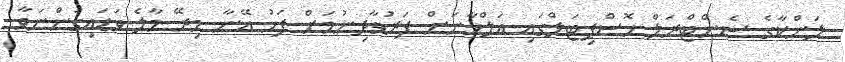
ލަންކާގެ ސެންޓްރަލް ހޮސްޕިޓަލްގައި އަލްހާނަށް ފަރުވާދިނުމަށް ފަހު އޭނާ މިރޭ މާލެ ވަޑައިގަންނަވާ